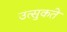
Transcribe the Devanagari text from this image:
उत्सुकते